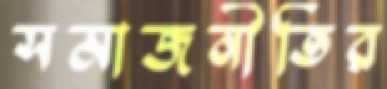
সমাজনীতির